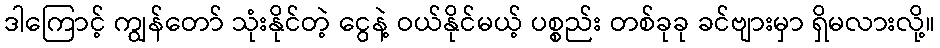
ဒါကြောင့် ကျွန်တော် သုံးနိုင်တဲ့ ငွေနဲ့ ဝယ်နိုင်မယ့် ပစ္စည်း တစ်ခုခု ခင်ဗျားမှာ ရှိမလားလို့။